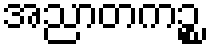
အညာတကဉ္စ